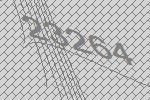
23264